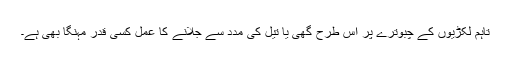
تاہم لکڑیوں کے چبوترے پر اس طرح گھی یا تیل کی مدد سے جلانے کا عمل کسی قدر مہنگا بھی ہے۔